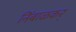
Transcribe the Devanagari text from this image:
निंबाळकर्